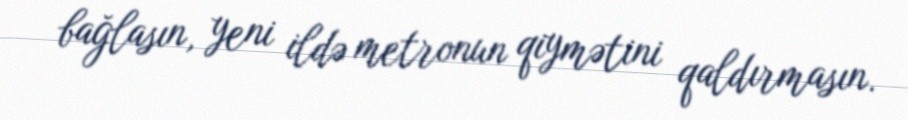
bağlasın, yeni ildə metronun qiymətini qaldırmasın.